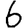
Digit: 6